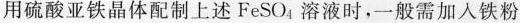
用硫酸亚铁晶体配制上述FeSO_{4}溶液时，一般需加入铁粉